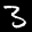
Label: 3